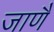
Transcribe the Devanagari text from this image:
जाणैं